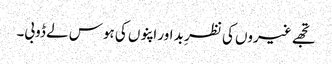
تجھے غیروں کی نظرِ بد اور اپنوں کی ہوس لے ڈوبی۔